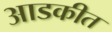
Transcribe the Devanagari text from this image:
आडकीत